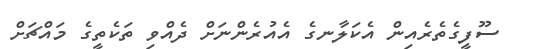
ސޫފީގެތެރެއިން އެކަލާނގެ އެއުރެންނަށް ދެއްވި ތަކެތީގެ މައްޗަށް